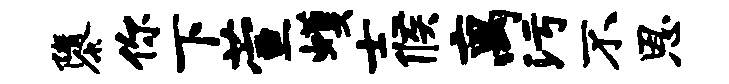
隳你下萱蠖士候离污不恩